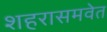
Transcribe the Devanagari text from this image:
शहरासमवेत